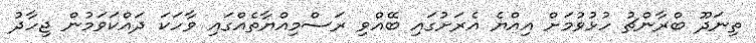
ތިނަދޫ ބްރާންޗު ހުޅުވުމަށް އިއްޔެ އެރަށުގައި ބޭއްވި ރަސްމިއްޔާތެއްގައި ވާހަކަ ދައްކަވަމުން ޖިހާދު